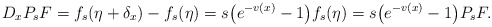
\begin{align*}D_xP_sF=f_s(\eta+\delta_x)-f_s(\eta)=s\big(e^{-v(x)}-1\big)f_s(\eta)=s\big(e^{-v(x)}-1\big)P_sF.\end{align*}